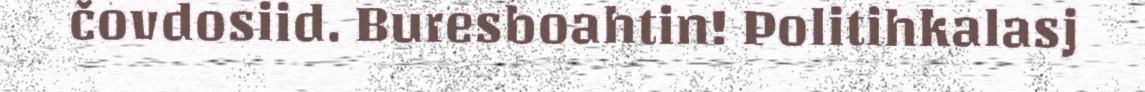
čovdosiid. Buresboahtin! Politihkalasj